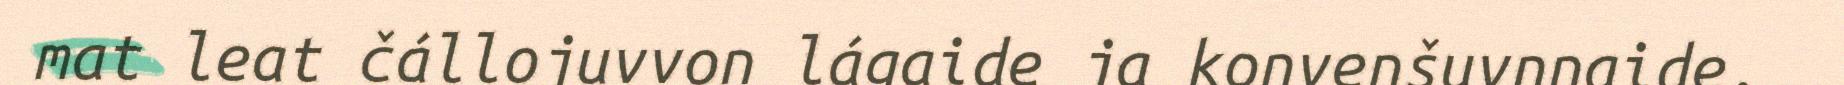
mat leat čállojuvvon lágaide ja konvenšuvnnaide,